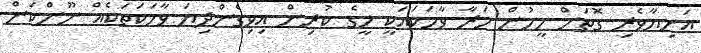
އަނިޔާވެރި ގޮތަށް މީހުން މަރާ ވާހަކައަކީ މީގެ ކުރިން އިވިގެންދިޔަ ވާހަކަތަކެއް ނޫންކަން